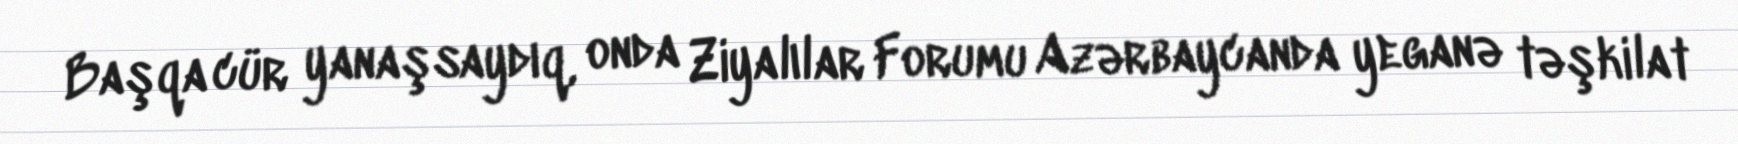
Başqa cür yanaşsaydıq, onda Ziyalılar Forumu Azərbaycanda yeganə təşkilat